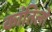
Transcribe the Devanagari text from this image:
कांतिलो